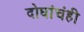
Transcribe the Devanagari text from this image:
दोघांचंही